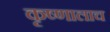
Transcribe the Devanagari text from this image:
कृष्णालाच